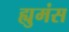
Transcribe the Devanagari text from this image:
ह्युमंस